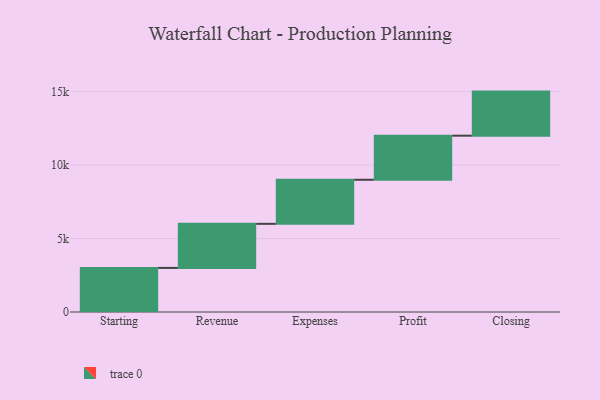
{"axis": {"x": "Step", "y": "Value"}, "legend": [""], "data": [{"x": "Starting", "y": 3000, "type": ""}, {"x": "Revenue", "y": 3000, "type": ""}, {"x": "Expenses", "y": 3000, "type": ""}, {"x": "Profit", "y": 3000, "type": ""}, {"x": "Closing", "y": 3000, "type": ""}]}